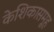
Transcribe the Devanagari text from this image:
केशिकासमूह